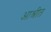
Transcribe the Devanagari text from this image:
आश्रीत